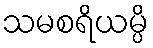
သမစရိယမ္ပိ